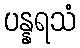
ပန္နရသံ